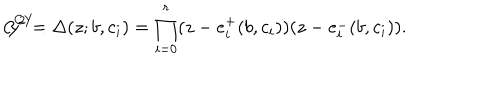
LaTeX: { \cal C } ^ { C Y } : \hspace { 5 m m } y ^ { 2 } = \Delta ( z ; b , c _ { i } ) = \prod _ { i = 0 } ^ { r } ( z - e _ { i } ^ { + } ( b , c _ { i } ) ) ( z - e _ { i } ^ { - } ( b , c _ { i } ) ) .